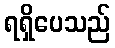
ရရှိပေသည်